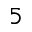
^ 5